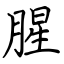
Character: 腥